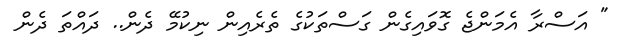
" އަސްރާ އެމަންޖެ ގޮވައިގެން ގަސްތަކުގެ ތެރެއިން ނިކުމޭ ދެން.. ދައްތަ ދެން